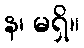
န၊ မရှိ။